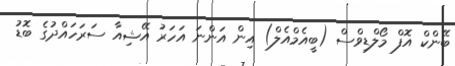
ބޭންކް އޮފް މޯލްޑިވްސް (ބީއެމްއެލް) އިން އަންނަ އަހަރު އޭޝިއާ ސަރަހައްދުގެ ބޮޑު